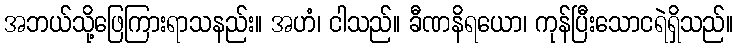
အဘယ်သို့ဖြေကြားရာသနည်း။ အဟံ၊ ငါသည်။ ခီဏနိရယော၊ ကုန်ပြီးသောငရဲရှိသည်။